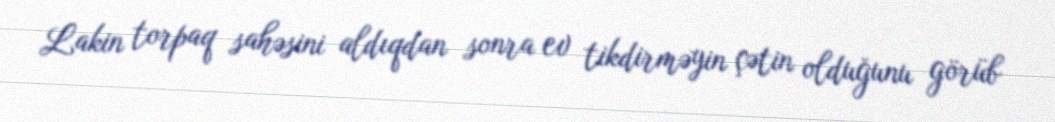
Lakin torpaq sahəsini aldıqdan sonra ev tikdirməyin çətin olduğunu görüb